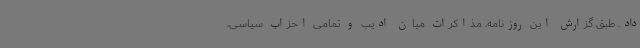
داد. طبق گزارش این روزنامه، مذاکرات میان ادیب و تمامی احزاب سیاسی،